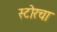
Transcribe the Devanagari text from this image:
स्टोरचा